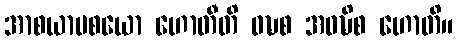
အာစယာပစယော ဟောတီတိ ဝဍ္ဎစ အဝဍ္ဎိစ ဟောတိ။